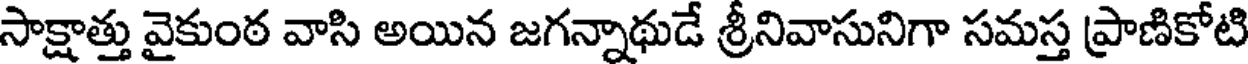
సాక్షాత్తు వైకుంఠ వాసి అయిన జగన్నాథుడే శ్రీనివాసునిగా సమస్త ప్రాణికోటి